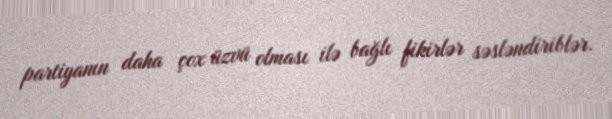
partiyanın daha çox üzvü olması ilə bağlı fikirlər səsləndiriblər.